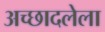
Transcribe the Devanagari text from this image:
अच्छादलेला